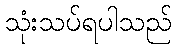
သုံးသပ်ရပါသည်